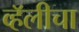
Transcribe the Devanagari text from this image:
व्हॅलीचा